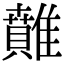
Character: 𩀴